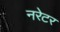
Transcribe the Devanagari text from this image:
नरेटर